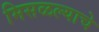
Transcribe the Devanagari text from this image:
मिसळल्याचे